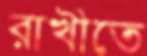
রাখীতে